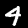
Label: 4